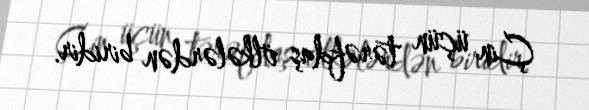
Çin üçün tərəfdaş ölkələrdən biridir.